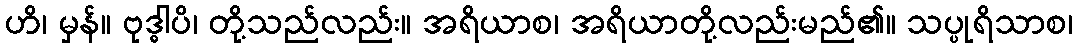
ဟိ၊ မှန်။ ဗုဒ္ဓါပိ၊ တို့သည်လည်း။ အရိယာစ၊ အရိယာတို့လည်းမည်၏။ သပ္ပုရိသာစ၊